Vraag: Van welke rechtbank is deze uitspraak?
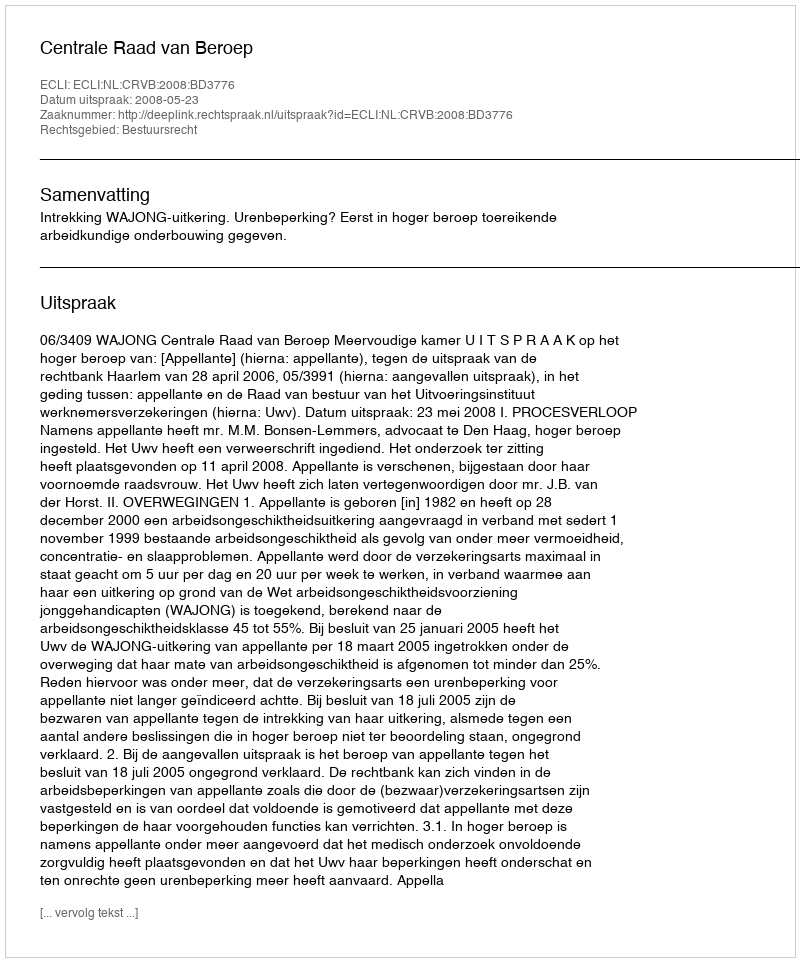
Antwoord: Centrale Raad van Beroep